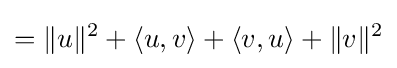
=\|u\|^{2}+\langle u,v\rangle +\langle v,u\rangle +\|v\|^{2}